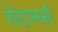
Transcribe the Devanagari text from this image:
रोटामर्स